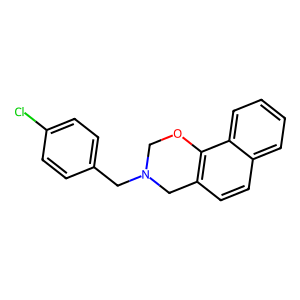
SMILES: Clc1ccc(CN2COc3c(ccc4ccccc34)C2)cc1
Inhibits HIV replication: No